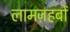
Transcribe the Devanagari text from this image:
लामज़हबों